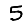
Digit: 5